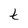
Character: t